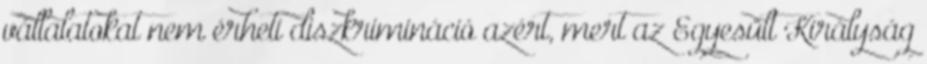
vállalatokat nem érheti diszkrimináció azért, mert az Egyesült Királyság